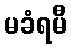
မခံရမီ